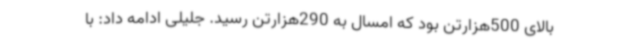
بالای 500هزارتن بود که امسال به 290هزارتن رسید. جلیلی ادامه داد: با